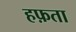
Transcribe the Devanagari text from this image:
हफ़ता